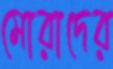
মোরাদের